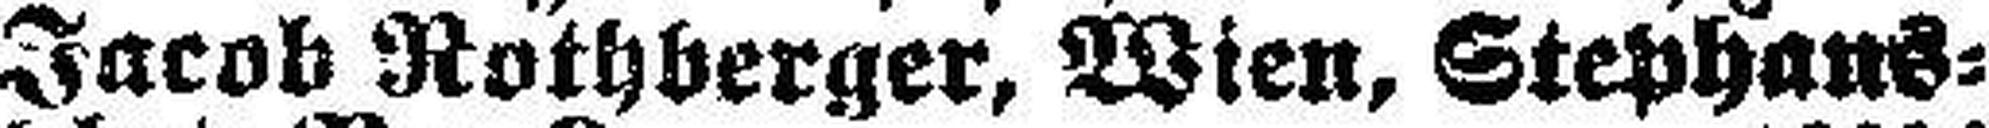
Jacob Rothberger, Wien, Stephans¬